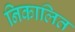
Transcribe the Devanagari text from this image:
निकालित